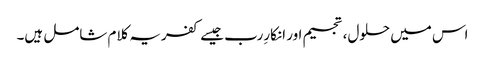
اس میں حلول، تجسیم اور انکارِرب جیسے کفریہ کلام شامل ہیں۔